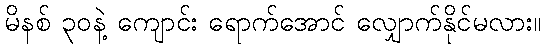
မိနစ် ၃၀နဲ့ ကျောင်း ရောက်အောင် လျှောက်နိုင်မလား။